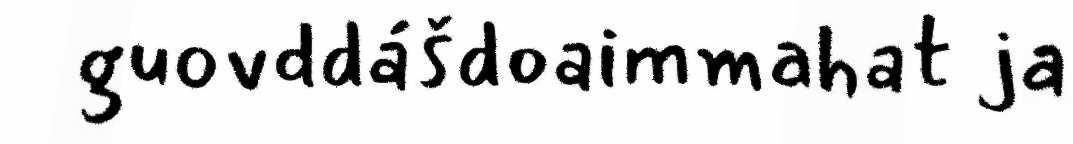
guovddášdoaimmahat ja